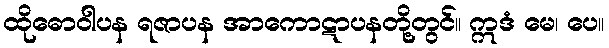
ထိုဓောဝါပန ရဇာပန အာကောဋာပနတို့တွင်။ ဣဒံ မေ၊ ပေ။